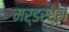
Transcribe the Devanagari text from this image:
मर्डरर्स